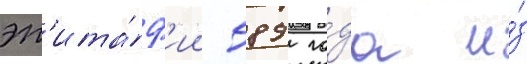
эп'ита́ф'ии 589 го́да и́з